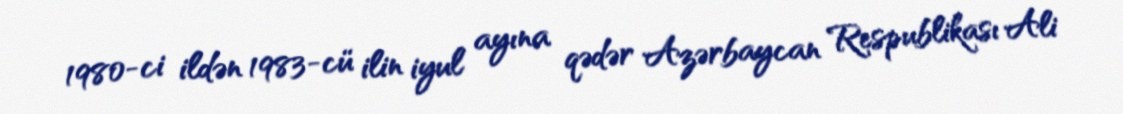
1980-ci ildən 1983-cü ilin iyul ayına qədər Azərbaycan Respublikası Ali